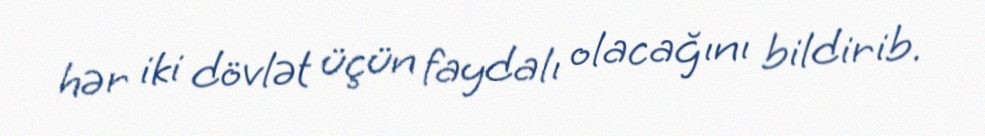
hər iki dövlət üçün faydalı olacağını bildirib.